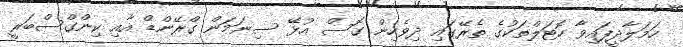
ހަމަލާދީފައިވާ ހޮޓަލްތަކުގެ ތެރޭގައި ދިވެހިން ގޮސް އުޅޭ ސިނަމަން ގްރޭންޑް އާއި ކިންގްސްބަރީ